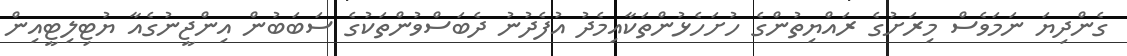
ގެންދިޔަ ނަމަވެސް މިރަށުގެ ރައްޔިތުންގެ ހުށަހެޅުންތަކާއިމެދު އުފެދުނު ދެބަސްވުންތަކުގެ ސަބަބުން އިންޖީނުގެއާ ޔުޓިލިޓީއިން